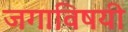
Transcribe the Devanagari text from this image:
जगाविषयी